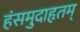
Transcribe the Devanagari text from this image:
हंसमुदाहृतम्